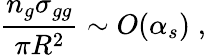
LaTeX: {\frac{n_{g}\sigma_{gg}}{\pi R^{2}}}\sim O(\alpha_{s})\; ,